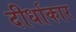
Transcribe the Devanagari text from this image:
दीर्धाकार